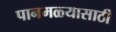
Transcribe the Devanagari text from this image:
पानमळ्यासाठी